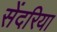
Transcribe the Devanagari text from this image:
सेंदरिया